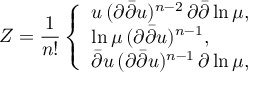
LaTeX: Z = \frac { 1 } { n ! } \left\{ \begin{array} { l } { { u \, ( \partial \bar { \partial } u ) ^ { n - 2 } \, \partial \bar { \partial } \ln \mu , } } \\ { { \ln \mu \, ( \partial \bar { \partial } u ) ^ { n - 1 } , } } \\ { { \bar { \partial } u \, ( \partial \bar { \partial } u ) ^ { n - 1 } \, \partial \ln \mu , } } \end{array} \right.